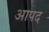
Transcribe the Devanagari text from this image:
आपद